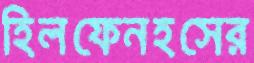
হিলফেনহসের